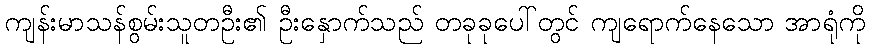
ကျန်းမာသန်စွမ်းသူတဦး၏ ဦးနှောက်သည် တခုခုပေါ်တွင် ကျရောက်နေသော အာရုံကို